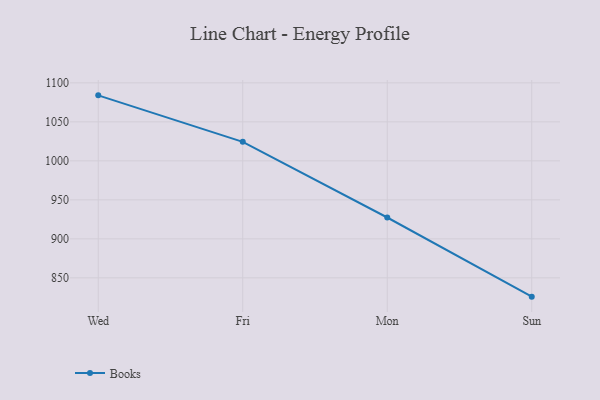
{"axis": {"x": "Day", "y": "Latency (ms)"}, "legend": ["Books"], "data": [{"x": "Wed", "y": 1084.0, "type": "Books"}, {"x": "Fri", "y": 1024.4, "type": "Books"}, {"x": "Mon", "y": 927.4, "type": "Books"}, {"x": "Sun", "y": 825.9, "type": "Books"}]}